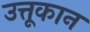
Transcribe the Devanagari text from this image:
उत्तूकान